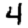
Digit: 4